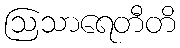
ဩသာရေတီတိ